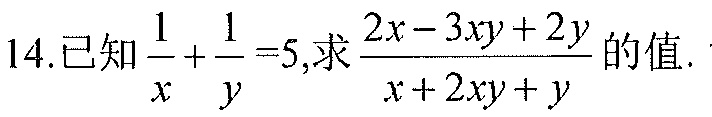
14.已知$\frac{1}{x}+\frac{1}{y}=5$,求$\frac{2x - 3xy + 2y}{x + 2xy + y}$的值.